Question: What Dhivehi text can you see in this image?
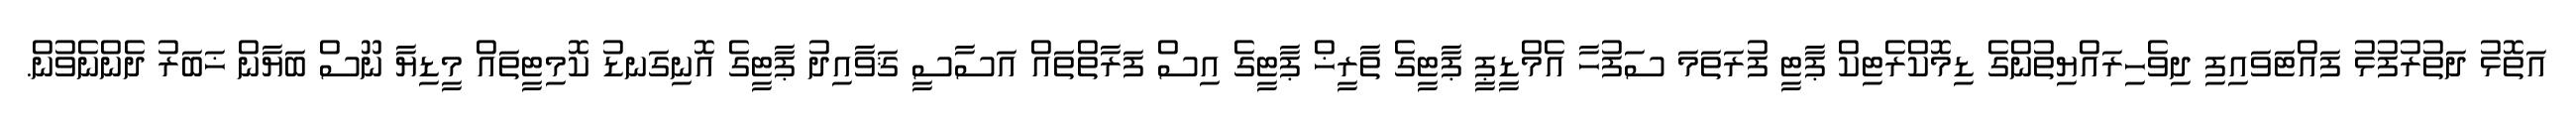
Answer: އަތޮޅު ދަތުރުފުޅު ފައްޓަވައިފި ދިވެހިރައްޔިތުންގެ ޑިމޮކްރެޓިކް ޕާޓީ ފުރަތަމަ ސަފުހާ އެމްޑީޕީ ޕާޓީގެ ތާރީޚް ޕާޓީގެ އިސް ފަރާތްތައް އަސާސީ ޤަވާއިދު ޕާޓީގެ އޮނިގަނޑު ކޮމިޓީތައް މީޑިޔާ ނޫސް ބަޔާން ޚަބަރު ދެންނެވުން.